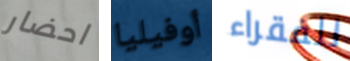
احضار أوفيليا للفقراء